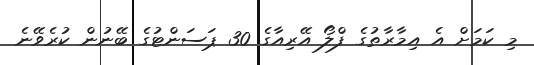
މި ކަމަށް އެ އިމާރާތުގެ ފްލޯ އޭރިއާގެ 30 ޕަސަންޓުގެ ބޭނުން ކުރެވޭނެ